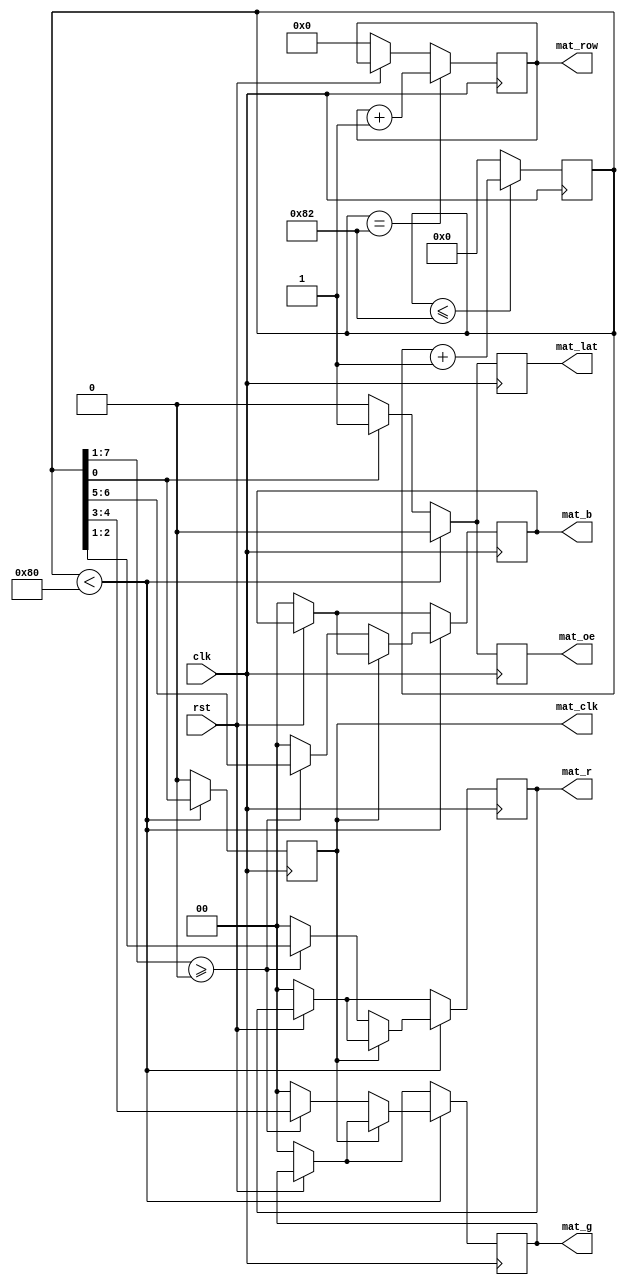
module matrixdrv (
                  input clk,
                  input rst,
                  output [1:0] mat_r,
                  output [1:0] mat_g,
                  output [1:0] mat_b,
                  output [3:0] mat_row,
                  output mat_clk,
                  output mat_lat,
                  output mat_oe
);
   reg [1:0]       r;
   reg [1:0]       g;
   reg [1:0]       b;
   reg [7:0]       clkcnt;
   reg [3:0]       address;
   reg             matclk;
   reg             latch;
   reg             outputen;
   wire [6:0]      pixelbitoff;

   reg [0:6]       bitcnt;

   assign pixelbitoff = clkcnt >> 1;

   always@(posedge clk)
     begin
        if (!rst)
          begin
             r <= 0;
             g <= 0;
             b <= 0;
             clkcnt <= 0;
             matclk <= 0;
             latch <= 0;
             outputen <= 0;
             address <= 0;
             bitcnt <= 0;
          end // if (!rst)

        if (clkcnt < 128)
          begin
             latch <= 0;
             outputen <= 0;
             bitcnt <= bitcnt + 1;

             matclk <= clkcnt[0];
             if (!matclk)
               begin
                  if (pixelbitoff >= 0)
                    begin
                       r <= pixelbitoff;
                       g <= pixelbitoff >> 2;
                       b <= pixelbitoff >> 4;
                    end
                  else
                    begin
                       r <= 0;
                       g <= 0;
                       b <= 0;
                    end
               end
             else
               begin
                  // Set clock line to high
               end
          end
        else
          begin
             matclk <= 0;
             if (clkcnt[0])
               begin
                  latch <= 1;
                  outputen <= 1;
               end
             else
               begin
                  latch <= 0;
                  outputen <= 0;
               end
          end // else: !if(clkcnt < 10)

        if (clkcnt == 130)
          begin
             address <= address + 1;
          end

        if (clkcnt <= 130)
          begin
             clkcnt <= clkcnt + 1;
          end
        else
          begin
             clkcnt <= 0;
          end
     end // always@ (posedge clk)

   assign mat_r = r;
   assign mat_g = g;
   assign mat_b = b;
   assign mat_row = address;
   assign mat_clk = matclk;
   assign mat_lat = latch;
   assign mat_oe = outputen;
endmodule // matrixdrv